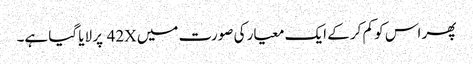
پھر اس کو کم کر کے ایک معیار کی صورت میں 42X پر لایا گیا ہے۔